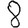
Digit: 8